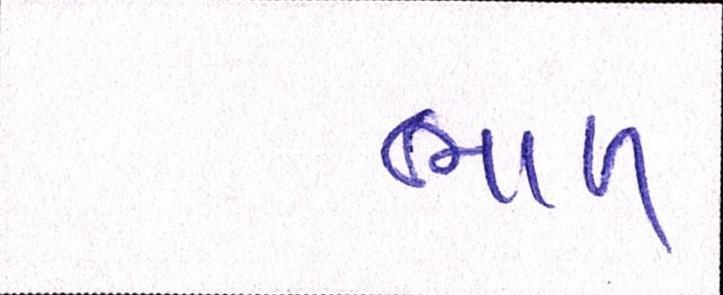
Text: ભાળ